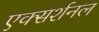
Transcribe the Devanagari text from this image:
एक्सर्शनल